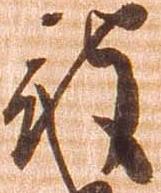
被